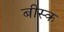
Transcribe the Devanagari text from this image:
बीस्क